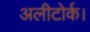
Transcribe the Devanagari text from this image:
अलीटोर्क।